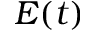
\boldsymbol E ( t )